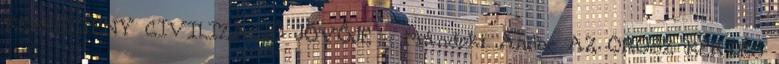
KERESZTÉNY CIVILIZÁCIÓ JÖVŐJE - Mándoki Andor AZ OROSZ KÉRDÉS